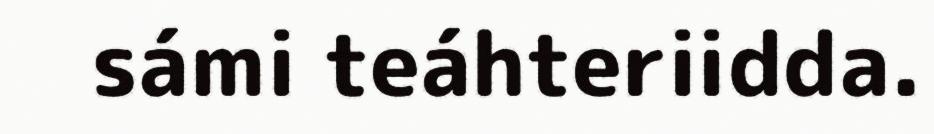
sámi teáhteriidda.